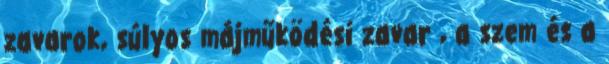
zavarok, súlyos májműködési zavar , a szem és a